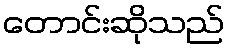
တောင်းဆိုသည်